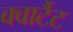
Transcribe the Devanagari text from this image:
क्वार्टैट